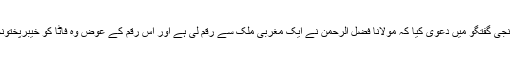
ماضی قریب میں ایک ذمہ دار شخصیت نے نجی گفتگو میں دعویٰ کیا کہ مولانا فضل الرحمٰن نے ایک مغربی ملک سے رقم لی ہے اور اس رقم کے عوض وہ فاٹا کو خیبرپختونخوا میں ضم کرنے کی مخالفت کر رہے ہیں۔